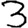
Digit: 3